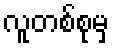
လူတစ်စုမှ